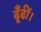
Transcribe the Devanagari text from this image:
ढूँढीं।